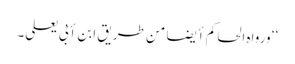
‘‘ ورواہ الحاکم أیضا من طریق ابن أبی یعلی۔